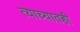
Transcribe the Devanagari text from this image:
त्याच्यातही